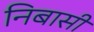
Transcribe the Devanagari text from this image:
निबासी